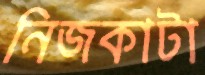
নিজকাটা